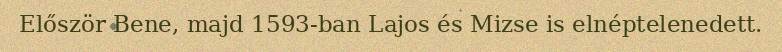
Először Bene, majd 1593-ban Lajos és Mizse is elnéptelenedett.